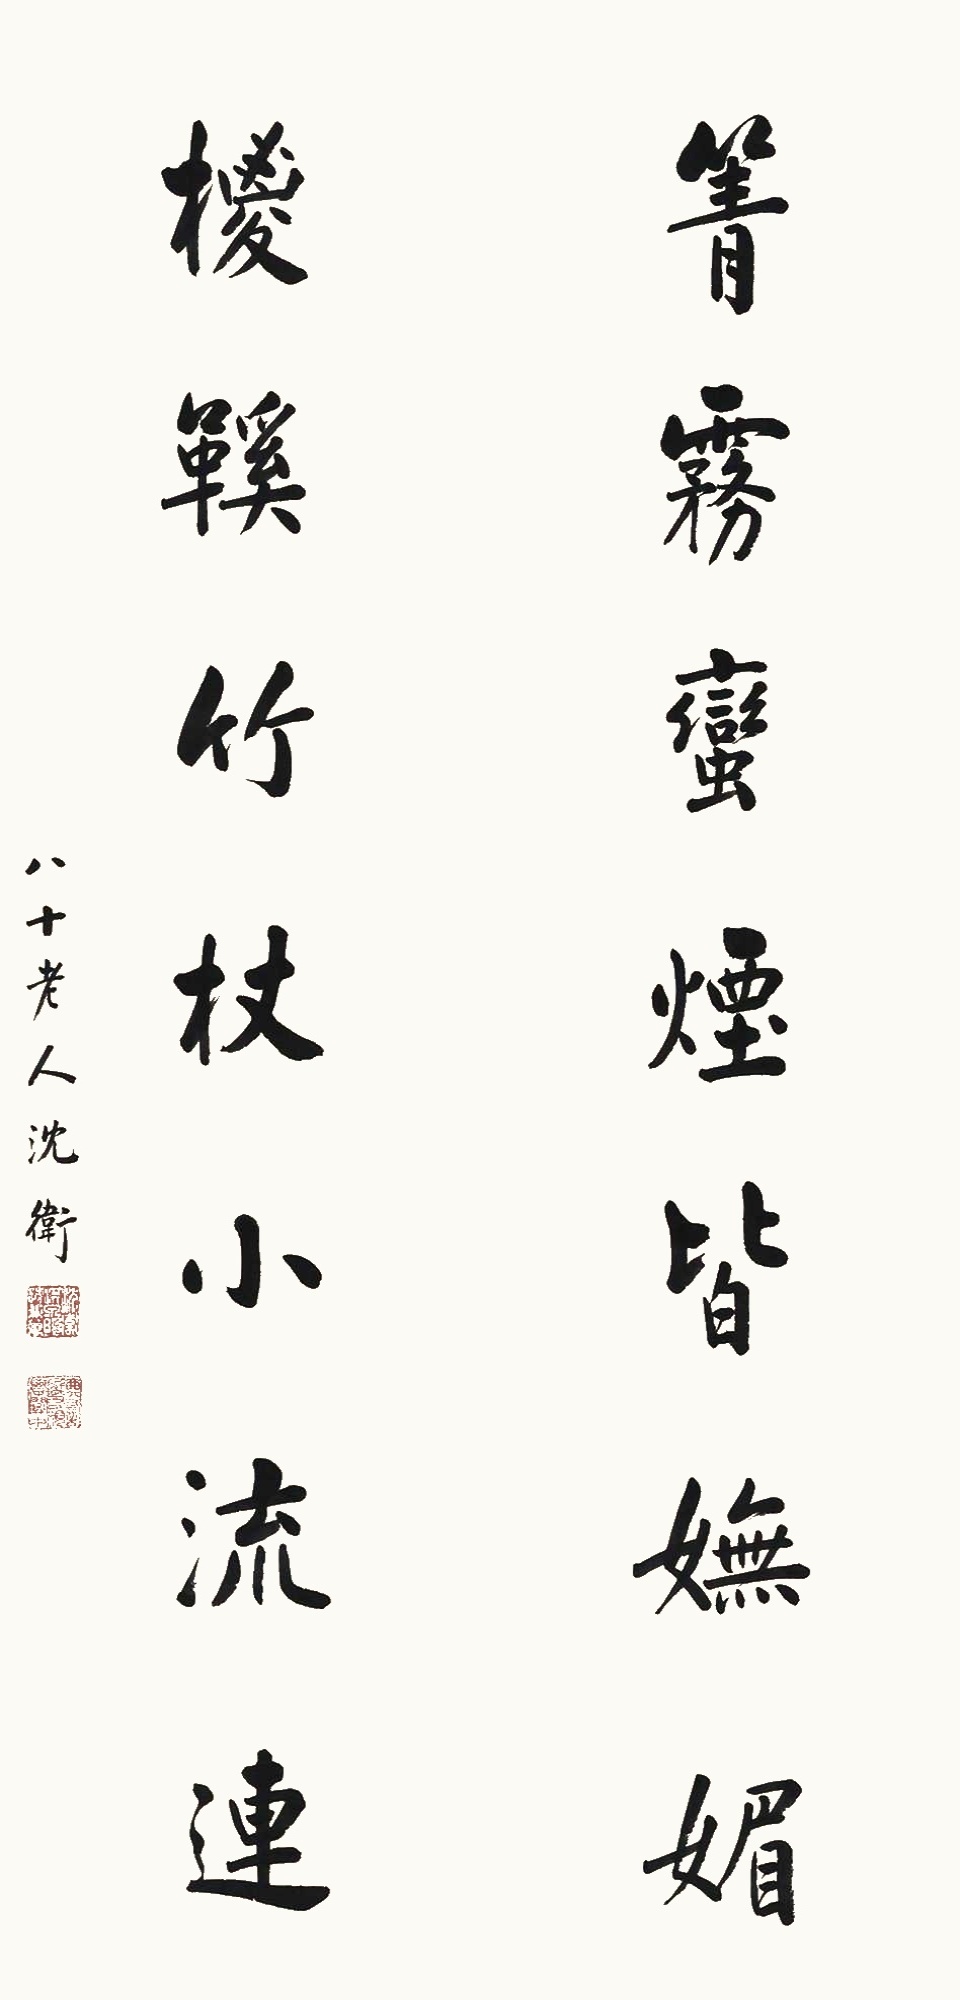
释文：箐雾蛮烟皆妩媚，棕鞋竹杖小流连。八十老人沈卫。